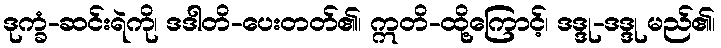
ဒုက္ခံ-ဆင်းရဲကို၊ ဒဒါတိ-ပေးတတ်၏၊ ဣတိ-ထို့ကြောင့်၊ ဒဒ္ဒု-ဒဒ္ဒု မည်၏၊